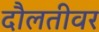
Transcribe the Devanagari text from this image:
दौलतीवर